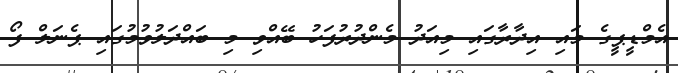
އެމްޑީޕީގެ މައި އިދާރާގައި މިއަދު މެންދުރުފަހު ބޭއްވި މި ބައްދަލުވުމުގައި ޕެނަލް ފޯ